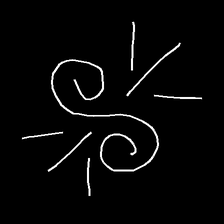
Glyph: wind-directs-air